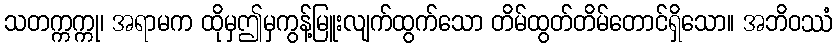
သတက္ကက္ကု၊ အရာမက ထိုမှဤမှကွန့်မြူးလျက်ထွက်သော တိမ်ထွတ်တိမ်တောင်ရှိသော။ အဘိဝဿံ